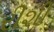
રીશી